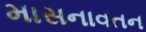
માસનાવતન